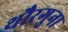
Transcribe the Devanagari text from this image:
थौरगुना